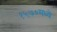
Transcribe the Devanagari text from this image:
१५७०मध्ये